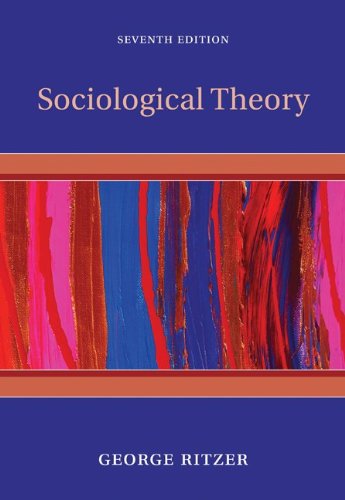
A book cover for Sociological Theory; George Ritzer; Politics & Social Sciences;